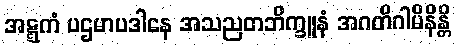
အဋ္ဋကံ ပဌမာပဒါနေ အသညတဘိက္ခူနံ အဂတိဂါမိနိန္တိ